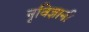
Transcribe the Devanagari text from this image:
नृविज्ञानी